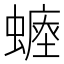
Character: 𧐷